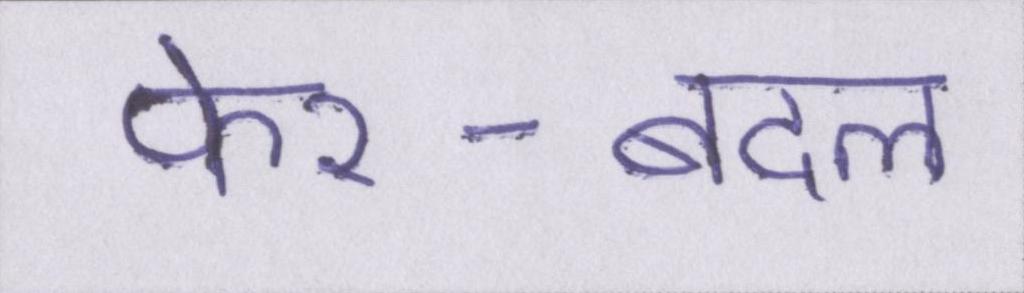
फेर-बदल